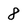
Character: 8